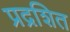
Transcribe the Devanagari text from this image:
प्रद्रशित